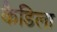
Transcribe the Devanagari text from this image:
कैडिला